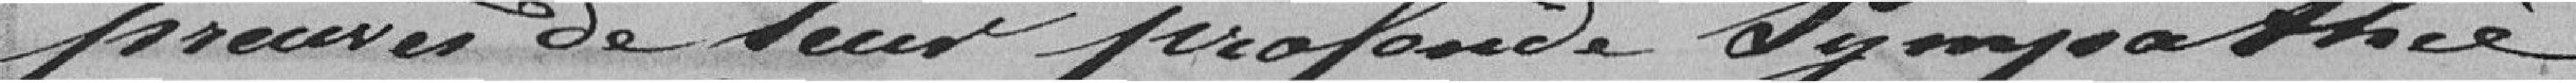
preuves de leur profonde sympathie.